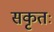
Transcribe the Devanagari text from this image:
सकृतः